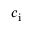
c _ { \mathrm { i } }